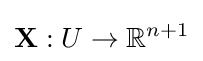
\mathbf {X} :U\to \mathbb {R} ^{n+1}